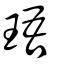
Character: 珸